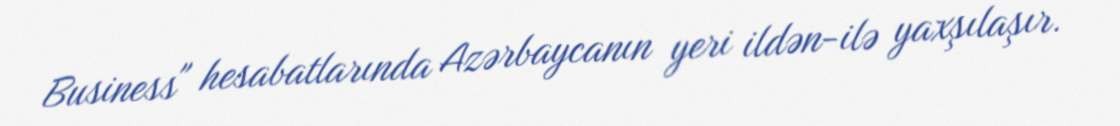
Business" hesabatlarında Azərbaycanın yeri ildən-ilə yaxşılaşır.